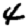
Digit: 4